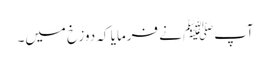
آپﷺ نے فرمایا کہ دوزخ میں۔